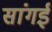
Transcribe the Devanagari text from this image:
सांगई